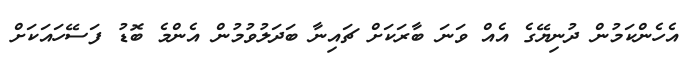
އެހެންކަމުން ދުނިޔޭގެ އެއް ވަނަ ބާރަކަށް ޗައިނާ ބަދަލުވުމުން އެންމެ ބޮޑު ފަސޭހައަކަށް